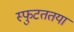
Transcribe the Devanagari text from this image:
स्फुटततया